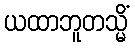
ယထာဘူတသ္မိံ